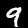
Label: 9